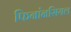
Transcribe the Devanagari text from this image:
फिनांनसियल